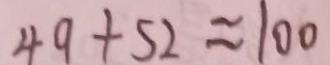
4 9 + 5 2 \approx 1 0 0